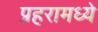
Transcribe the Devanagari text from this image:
प्रहरामध्ये